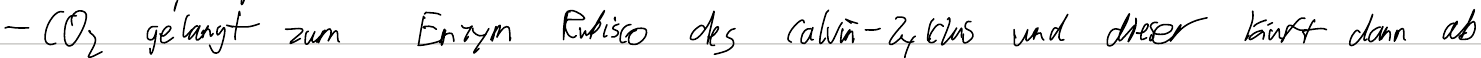
- CO2 gelangt zum Enzym Rubisco des Calvin-Zyklus und dieser läuft dann ab